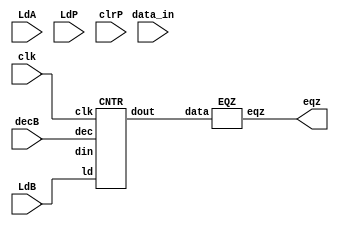
module MUL_datapath (eqz, LdA, LdB, LdP, clrP, decB, data_in, clk);
   input LdA, LdB, LdP, clrP, decB, clk;
   input [15:0] data_in;
   output eqz;
   wire [15:0] X, Y, Z, Bout, Bus;

   PIPO1 A (X, Bus, LdA, clk);
   PIPO2 P (Y, Z, LdP, clrP, clk);
   CNTR B (Bout, Bus, LdB, decB,  clk);
   ADD AD (Z, X, Y);
   EQZ COMP (eqz, Bout);
endmodule


module PIPO1 (dout, din, ld, clk);
   input [15:0] din;
   input ld, clk;
   output reg [15:0] dout;
   
   always @ (posedge clk)
      if (ld) dout <= din;
endmodule

module ADD (out, in1, in2);
    input [15:0] in1, in2;
    output reg [15:0] out;
 
 always @ (*)
   out = in1 + in2;
endmodule

module PIPO2 (dout, din, ld, clr, clk);
   input [15:0] din;
   input ld, clr, clk;
   output reg [15:0] dout;
  
   always @ (posedge clk)
     if (clr) dout <= 16'b0;
     else if (ld) dout <= din;
endmodule

module EQZ (eqz, data);
    input [15:0] data;
    output eqz;
  
    assign eqz = (data == 0);
endmodule

module CNTR (dout, din, ld, dec, clk);
   input [15:0] din;
   input ld, dec, clk;
   output reg [15:0] dout;
 
  always @ (posedge clk)
    if (ld) dout <= din;
    else if (dec) dout <= dout - 1;
endmodule

module controller (LdA, LdB, LdP, clrP, decB, done, clk, eqz, start);
    input clk, eqz, start;
    output reg LdA, LdB, LdP, clrP, decB, done;
 
    reg [2:0] state;
    parameter S0=3'b000, S1=3'b001, S2=3'b010, S3=3'b011, S4=3'b100;

   always @ (posedge clk)
      begin
       case (state)
        S0: if (start) state <= S1;
        S1: state <= S2;
        S2: state <= S3;
        S3: #2 if (eqz) state <= S4;
        S4: state <= S4;
        default: state <= S0;
     endcase
    end

  always @ (state)
    begin
     case (state)
      S0: begin #1 LdA=0; LdB=0; LdP=0; clrP=0; decB=0; end
      S1: begin #1 LdA=1; end
      S2: begin #1 LdA=0; LdB=1; clrP=1; end
      S3: begin #1 LdB=0; LdP=1; clrP=0; decB=1; end
      S4: begin #1 done=1; LdB=0; LdP=0; decB=0; end
      default: begin #1 LdA=0; LdB=0; LdP=0; clrP=0; decB=0; end
    endcase
  end
endmodule